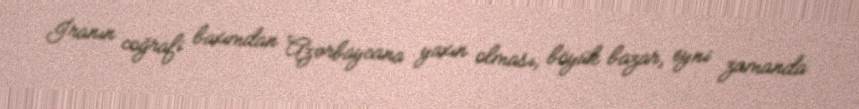
İranın coğrafi baxımdan Azərbaycana yaxın olması, böyük bazar, eyni zamanda